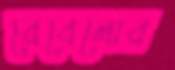
রেবেলোর